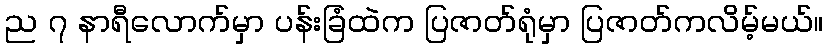
ည ၇ နာရီလောက်မှာ ပန်းခြံထဲက ပြဇာတ်ရုံမှာ ပြဇာတ်ကလိမ့်မယ်။